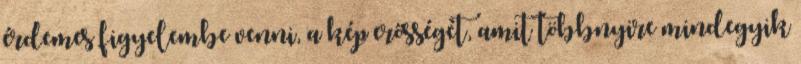
érdemes figyelembe venni, a kép erősségét, amit többnyire mindegyik